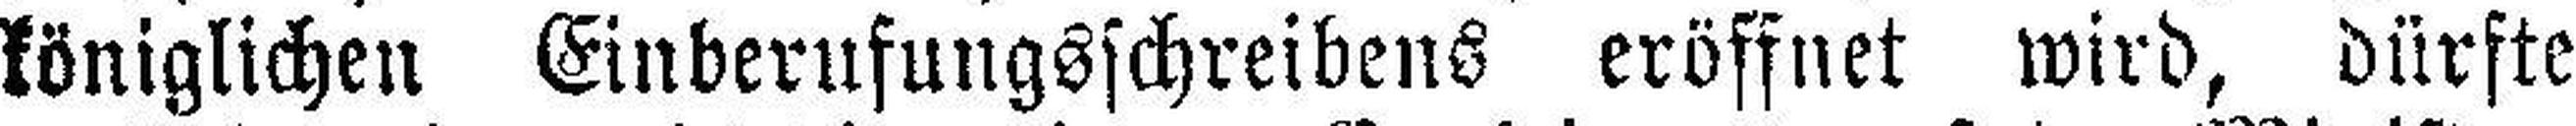
königlichen Einberufungsschreibens eröffnet wird, dürfte